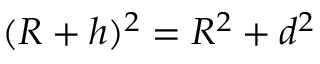
( R + h ) ^ { 2 } = R ^ { 2 } + d ^ { 2 } \,